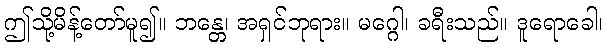
ဤသို့မိန့်တော်မူ၍။ ဘန္တေ၊ အရှင်ဘုရား။ မဂ္ဂေါ၊ ခရီးသည်။ ဒူရောခေါ၊